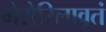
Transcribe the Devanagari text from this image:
मेरोरिलावृतं